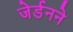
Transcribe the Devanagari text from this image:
जेर्डनने